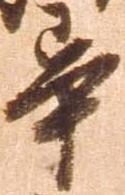
畢